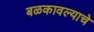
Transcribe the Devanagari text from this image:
बळकावल्याचे